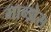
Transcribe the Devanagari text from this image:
गान्झेस